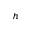
h